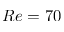
R e = 7 0